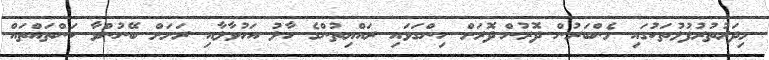
މިދަރުތުރުފުޅުތަކުގައި މެންބަރުން ދޮރުން-ދޮރަށް ހިންގަވައި ރައްޔިތުންގެ ހާލު އަހުވާލާއި ރަށަށް ބޭނުންވާ ކަންތައްތައް